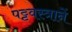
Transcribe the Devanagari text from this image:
पट्टवस्त्रानें